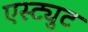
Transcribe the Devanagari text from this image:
एस्ट्युट